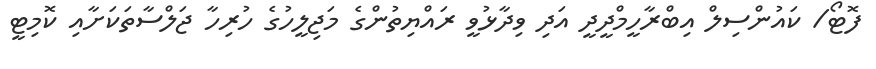
ފޮޓޯ/ ކައުންސިލް އިބްރާހީމްދީދީ އަދި ވިދާޅުވީ ރައްޔިތުންގެ މަޖިލީހުގެ ހުރިހާ ޖަލްސާތަކަށާއި ކޮމިޓީ